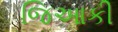
જિઆકી